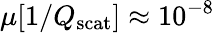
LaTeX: \mu[1/Q_{\mathrm{scat}}]\approx 10^{-8}